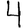
Digit: 4